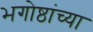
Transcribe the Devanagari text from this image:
भगोष्ठांच्या